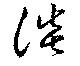
淡